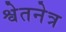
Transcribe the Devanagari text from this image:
श्वेतनेत्र